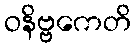
ဝနိဗ္ဗကေတိ